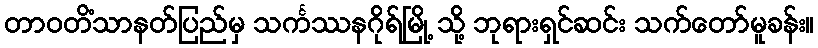
တာဝတိံသာနတ်ပြည်မှ သင်္ကဿနဂိုရ်မြို့ သို့ ဘုရားရှင်ဆင်း သက်တော်မူခန်း။